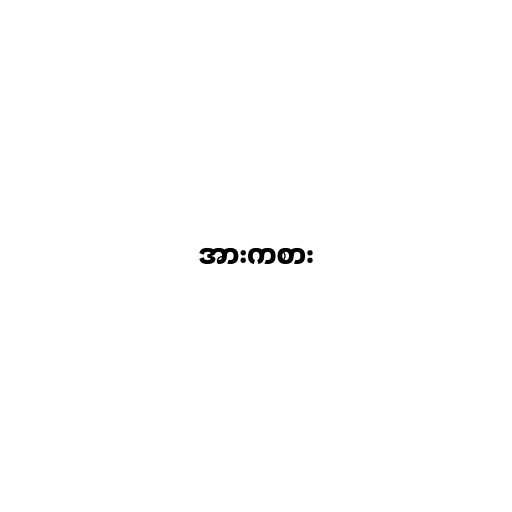
အားကစား